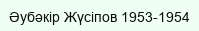
Əубəкір Жүсіпов 1953-1954